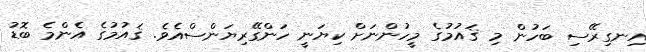
އިނގިރޭސި ބަހުން މި ޤައުމުގެ މީހުންނަށް ކިޔަނީ ހަންގޭރިޔަންސްއެވެ. ޤައުމުގެ އެންމެ ބޮޑު